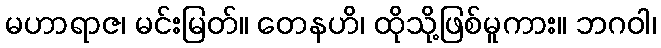
မဟာရာဇ၊ မင်းမြတ်။ တေနဟိ၊ ထိုသို့ဖြစ်မူကား။ ဘဂဝါ၊